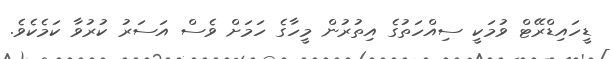
ޑީހައިޑްރޭޓް ވުމަކީ ސިއްހަތުގެ އިތުރުން މީހާގެ ހަމަށް ވެސް އަސަރު ކުރުވާ ކަމެކެވެ.